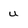
Character: u